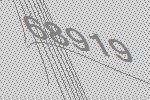
68919